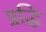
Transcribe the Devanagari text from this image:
प्रद्धि